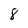
Character: 8